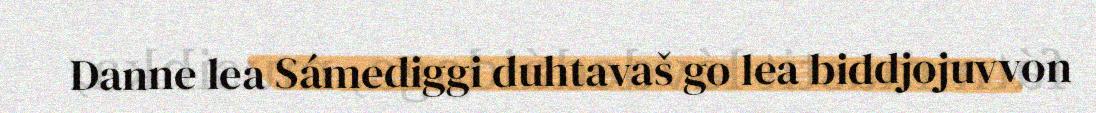
Danne lea Sámediggi duhtavaš go lea biddjojuvvon